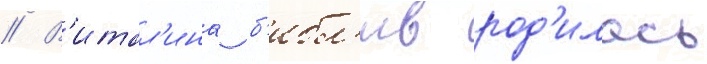
// В'итал'ина б'ибл'ив род'илась